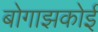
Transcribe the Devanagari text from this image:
बोगाझकोई